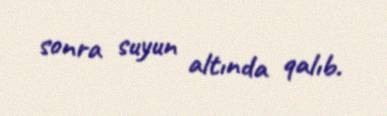
sonra suyun altında qalıb.